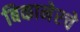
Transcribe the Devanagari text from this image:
बिकानेरचे